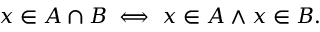
x \in A \cap B \iff x \in A \land x \in B .